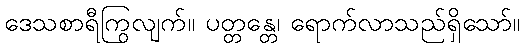
ဒေသစာရီကြွလျက်။ ပတ္တန္တေ၊ ရောက်လာသည်ရှိသော်။